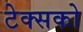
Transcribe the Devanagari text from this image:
टेक्सको